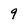
Character: 9